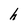
Character: h